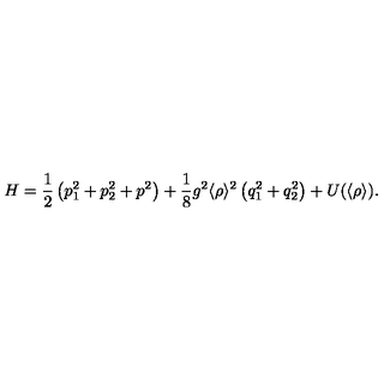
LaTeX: H = \frac { 1 } { 2 } \left( p _ { 1 } ^ { 2 } + p _ { 2 } ^ { 2 } + p ^ { 2 } \right) + \frac { 1 } { 8 } g ^ { 2 } \langle \rho \rangle ^ { 2 } \left( q _ { 1 } ^ { 2 } + q _ { 2 } ^ { 2 } \right) + U ( \langle \rho \rangle ) .